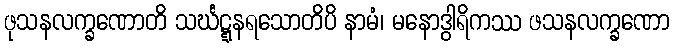
ဖုသနလက္ခဏောတိ သင်္ဃဋ္ဋနရသောတိပိ နာမံ၊ မနောဒွါရိကဿ ဖသနလက္ခဏော